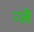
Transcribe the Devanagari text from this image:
न्जे